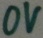
Text: 0V